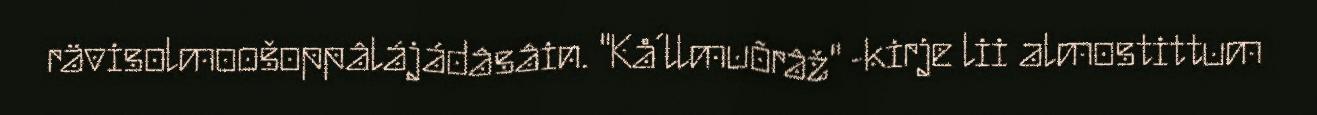
rävisolmoošoppâlájádâsâin. "Kå´llmuõrâž" -kirje lii almostittum